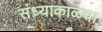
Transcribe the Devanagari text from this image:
संध्याकाळचा